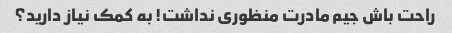
راحت باش جیم مادرت منظوری نداشت! به کمک نیاز دارید؟